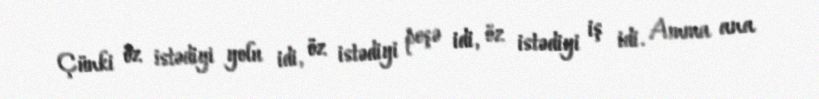
Çünki öz istədiyi yolu idi, öz istədiyi peşə idi, öz istədiyi iş idi. Amma ana